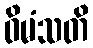
ဝိမံသတိ